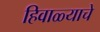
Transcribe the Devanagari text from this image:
हिवाळ्याचे